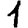
Digit: 1